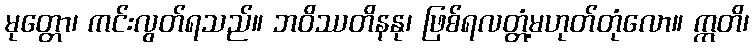
မုတ္တော၊ ကင်းလွတ်ရသည်။ ဘဝိဿတိနနု၊ ဖြစ်ရလတ္တံ့မဟုတ်တုံလော။ ဣတိ၊